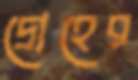
দ্রোহের